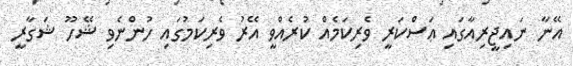
އޭނާ ނައިޖީރިއާގައި ޢަސްކަރީ ވެރިކަމެއް ކުރެއްވީ އޭރު ވެރިކަމުގައި ހުންނެވި ޝޭހޫ ޝަގާރީ